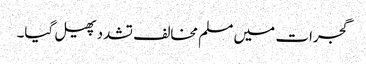
گجرات میں مسلم مخالف تشدد پھیل گیا۔